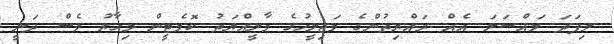
މިފަދަ މައްސަލަ އެއް ރައްޔިތުންގެ މަޖިލީހުގެ މާލީއްޔަތު ކޮމެޓީން މިހާރު ވެސް ދަނީ